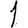
Digit: 1